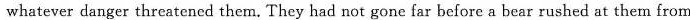
whatever danger threatened them. They had not gone far before a bear rushed at them from